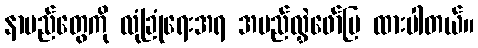
နာမည်တွေကို လုံခြုံရေးအရ အမည်လွှဲဖော်ပြ ထားပါတယ်။